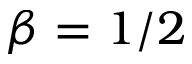
\beta = 1 / 2